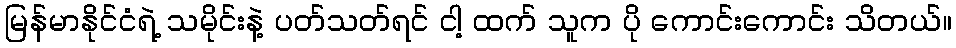
မြန်မာနိုင်ငံရဲ့ သမိုင်းနဲ့ ပတ်သတ်ရင် ငါ့ ထက် သူက ပို ကောင်းကောင်း သိတယ်။